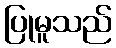
ပြုမူသည်